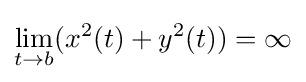
\lim _{t\rightarrow b}(x^{2}(t)+y^{2}(t))=\infty